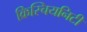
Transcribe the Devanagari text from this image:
क्रिस्चियनिटी